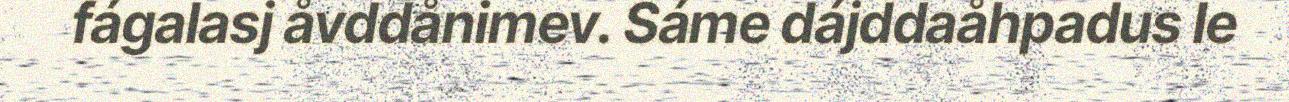
fágalasj åvddånimev. Sáme dájddaåhpadus le